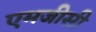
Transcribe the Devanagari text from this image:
एमजीसी